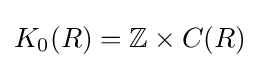
K_{0}(R)=\mathbb {Z} \times C(R)